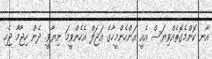
އާނ ކޮންމެގޮތެއްވިޔަސް އެއީ އަންހެންމީހާގެ އަޖަލް އެހެންވީމަ ނިޔާވީ. ދެން ހިޖާމާ ޖެހި